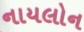
નાયલોન